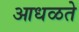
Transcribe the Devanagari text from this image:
आधळते